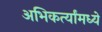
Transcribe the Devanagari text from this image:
अभिकर्त्यांमध्ये